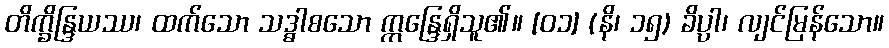
တိက္ခိန္ဒြယဿ၊ ထက်သော သဒ္ဓါစသော ဣန္ဒြေရှိသူ၏။ [၀၁] (နိ၊ ၁၅) ခိပ္ပါ၊ လျင်မြန်သော။